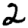
Digit: 2